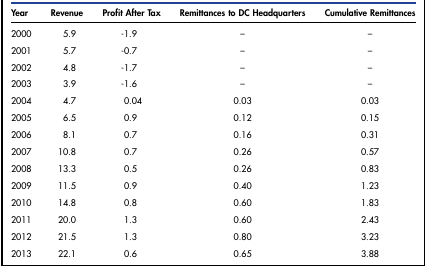
<table><thead><tr><td><b>Year</b></td><td><b>Revenue</b></td><td><b>Profit After Tax</b></td><td><b>Remittances to DC Headquarters</b></td><td><b>Cumulative Remittances</b></td></tr></thead><tbody><tr><td>2000</td><td>5.9</td><td>-1.9</td><td>–</td><td>–</td></tr><tr><td>2001</td><td>5.7</td><td>-0.7</td><td>–</td><td>–</td></tr><tr><td>2002</td><td>4.8</td><td>-1.7</td><td>–</td><td>–</td></tr><tr><td>2003</td><td>3.9</td><td>-1.6</td><td>–</td><td>–</td></tr><tr><td>2004</td><td>4.7</td><td>0.04</td><td>0.03</td><td>0.03</td></tr><tr><td>2005</td><td>6.5</td><td>0.9</td><td>0.12</td><td>0.15</td></tr><tr><td>2006</td><td>8.1</td><td>0.7</td><td>0.16</td><td>0.31</td></tr><tr><td>2007</td><td>10.8</td><td>0.7</td><td>0.26</td><td>0.57</td></tr><tr><td>2008</td><td>13.3</td><td>0.5</td><td>0.26</td><td>0.83</td></tr><tr><td>2009</td><td>11.5</td><td>0.9</td><td>0.40</td><td>1.23</td></tr><tr><td>2010</td><td>14.8</td><td>0.8</td><td>0.60</td><td>1.83</td></tr><tr><td>2011</td><td>20.0</td><td>1.3</td><td>0.60</td><td>2.43</td></tr><tr><td>2012</td><td>21.5</td><td>1.3</td><td>0.80</td><td>3.23</td></tr><tr><td>2013</td><td>22.1</td><td>0.6</td><td>0.65</td><td>3.88</td></tr></tbody></table>